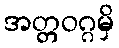
အတ္တဝဂ္ဂမှိ